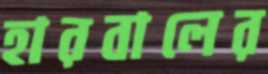
হারবালের